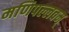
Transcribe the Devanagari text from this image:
मणिपल्लवम्